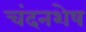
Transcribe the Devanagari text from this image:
चंदनशेष